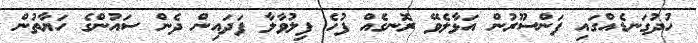
ހުދުގަނޑެއްގައި ފަންސޫރުން އަޅާލެވޭ ރޮނގެއް ފުހެ ފިލުވާލާ ފަދައިން ދެން ސައުންގެ ހަޔާތުން